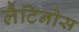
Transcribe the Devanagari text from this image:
लैटिनोस